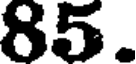
85.